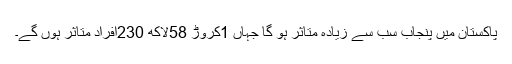
پاکستان میں پنجاب سب سے زیادہ متاثر ہو گا جہاں 1کروڑ 58لاکھ 230افراد متاثر ہوں گے۔